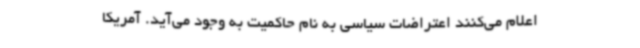
اعلام می‌کنند اعتراضات سیاسی به نام حاکمیت به وجود می‌آید. آمریکا